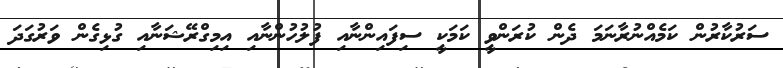
ސަރުކާރުން ކަމެއްނުރާނަމަ ދެން ކުރަންވީ ކަމަކީ ސިފައިންނާއި ފުލުހުންނާއި އިމިގްރޭޝަނާއި ގުޅިގެން ވަރުގަދަ